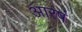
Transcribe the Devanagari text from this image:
आरषं